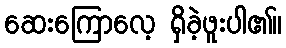
ဆေးကြောလေ့ ရှိခဲ့ဖူးပါ၏။